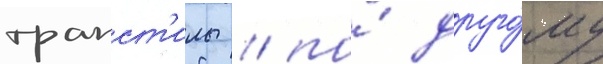
трапст'илы / по́ друго́му